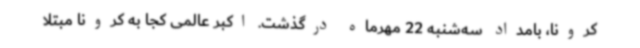
کرونا، بامداد سه‌شنبه 22 مهرماه درگذشت. اکبر عالمی کجا به کرونا مبتلا